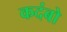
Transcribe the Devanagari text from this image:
कदंबो